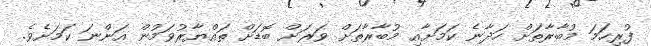
ފުރިހަމަ މުބާރާތަށް ހަދާނެ ކަމަށާއި މުބާރާތަށް ވަރަށް ބޮޑަށް ތައްޔާރުވަމުން އަންނަ ކަމަށެވެ.